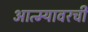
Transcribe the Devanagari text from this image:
आत्म्यावरची